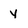
Character: Y